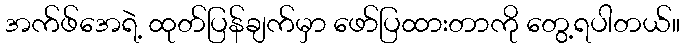
အက်ဖ်အေရဲ့ ထုတ်ပြန်ချက်မှာ ဖော်ပြထားတာကို တွေ့ရပါတယ်။